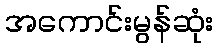
အကောင်းမွန်ဆုံး